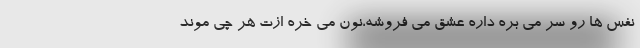
نَفَس ها رو سر می بُره داره عشق می فروشه،نون می خره ازت هر چی موند